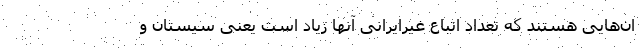
ان‌هایی هستند که تعداد اتباع غیرایرانی آنها زیاد است یعنی سیستان و